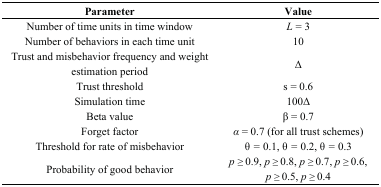
| Parameter | Value |
 | --- | --- |
 | Number of time units in time window | L = 3 |
 | Number of behaviors in each time unit | 10 |
 | Trust and misbehavior frequency and weight estimation period | Δ |
 | Trust threshold | s = 0.6 |
 | Simulation time | 100Δ |
 | Beta value | β = 0.7 |
 | Forget factor | α = 0.7 (for all trust schemes) |
 | Threshold for rate of misbehavior | θ = 0.1, θ = 0.2, θ = 0.3 |
 | Probability of good behavior | p≥ 0.9, p≥ 0.8, p≥ 0.7, p≥ 0.6, p≥ 0.5, p≥ 0.4 |